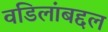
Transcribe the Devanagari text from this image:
वडिलांबद्दल